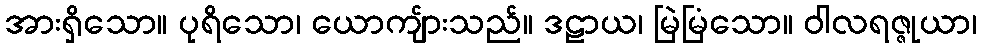
အားရှိသော။ ပုရိသော၊ ယောကျ်ားသည်။ ဒဠာယ၊ မြဲမြံသော။ ဝါလရဇ္ဇုယာ၊